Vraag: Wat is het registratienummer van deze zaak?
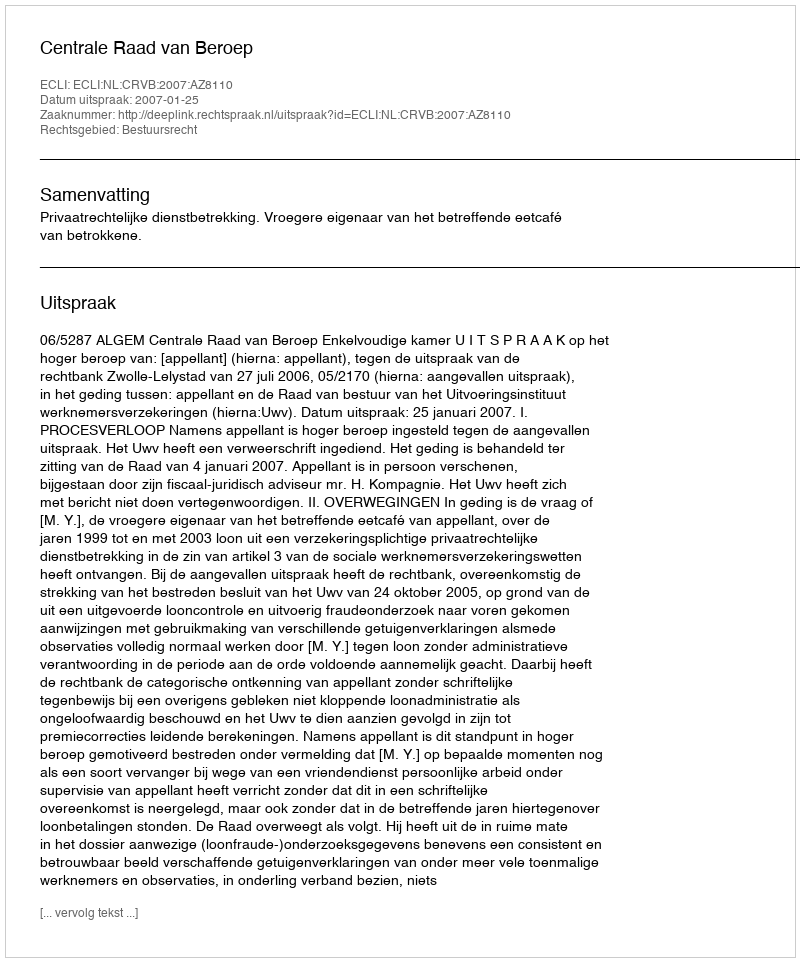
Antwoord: http://deeplink.rechtspraak.nl/uitspraak?id=ECLI:NL:CRVB:2007:AZ8110